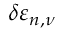
\delta \varepsilon _ { n , \nu }